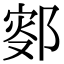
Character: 𨜛